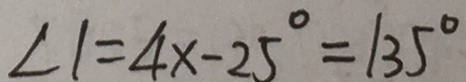
\angle 1 = 4 x - 2 5 ^ { \circ } = 1 3 5 ^ { \circ }